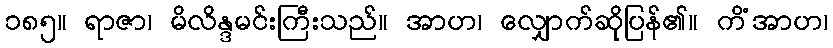
၁၈၅။ ရာဇာ၊ မိလိန္ဒမင်းကြီးသည်။ အာဟ၊ လျှောက်ဆိုပြန်၏။ ကိံအာဟ၊